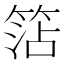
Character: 𥮒